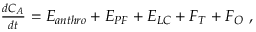
\begin{array} { r } { \frac { d C _ { A } } { d t } = E _ { a n t h r o } + E _ { P F } + E _ { L C } + F _ { T } + F _ { O } \mathrm { ~ , ~ } } \end{array}